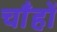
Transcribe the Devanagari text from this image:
चाँहों